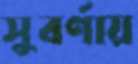
সুবর্ণায়